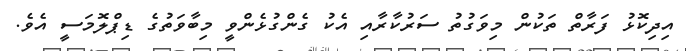
އިދިކޮޅު ފަރާތް ތަކުން މިވަގުތު ސަރުކާރާއި އެކު ގެންގުޅެންވީ މިބާވަތުގެ ޑިޕްލޮމަސީ އެވެ.